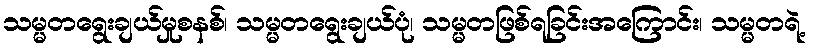
သမ္မတရွေးချယ်မှုစနစ်၊ သမ္မတရွေးချယ်ပုံ၊ သမ္မတဖြစ်ရခြင်းအကြောင်း၊ သမ္မတရဲ့